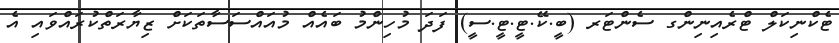
ޓެކްނިކަލް ޓްރެއިނިންގ ސެންޓަރ (ބީ.ކޭ.ޓީ.ޓީ.ސީ) ފަދަ މުހިންމު ބައެއް މުއައްސަސާތަކަށް ޒިޔާރަތްކުރައްވައި އެ